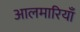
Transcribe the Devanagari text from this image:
आलमारियाँ